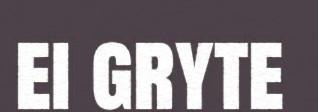
ei gryte